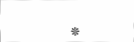
*